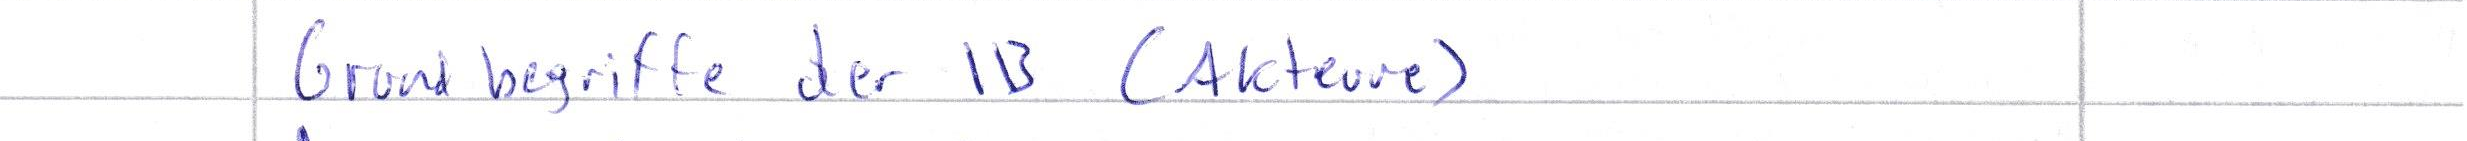
Grundbegriffe der IB (Akteure)